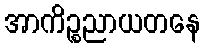
အာကိဉ္စညာယတနေ